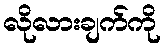
လိုလားချက်ကို